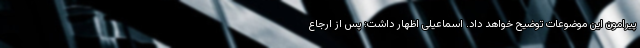
پیرامون این موضوعات توضیح خواهد داد. اسماعیلی اظهار داشت: پس از ارجاع